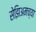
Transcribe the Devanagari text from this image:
सेझिअमच्या